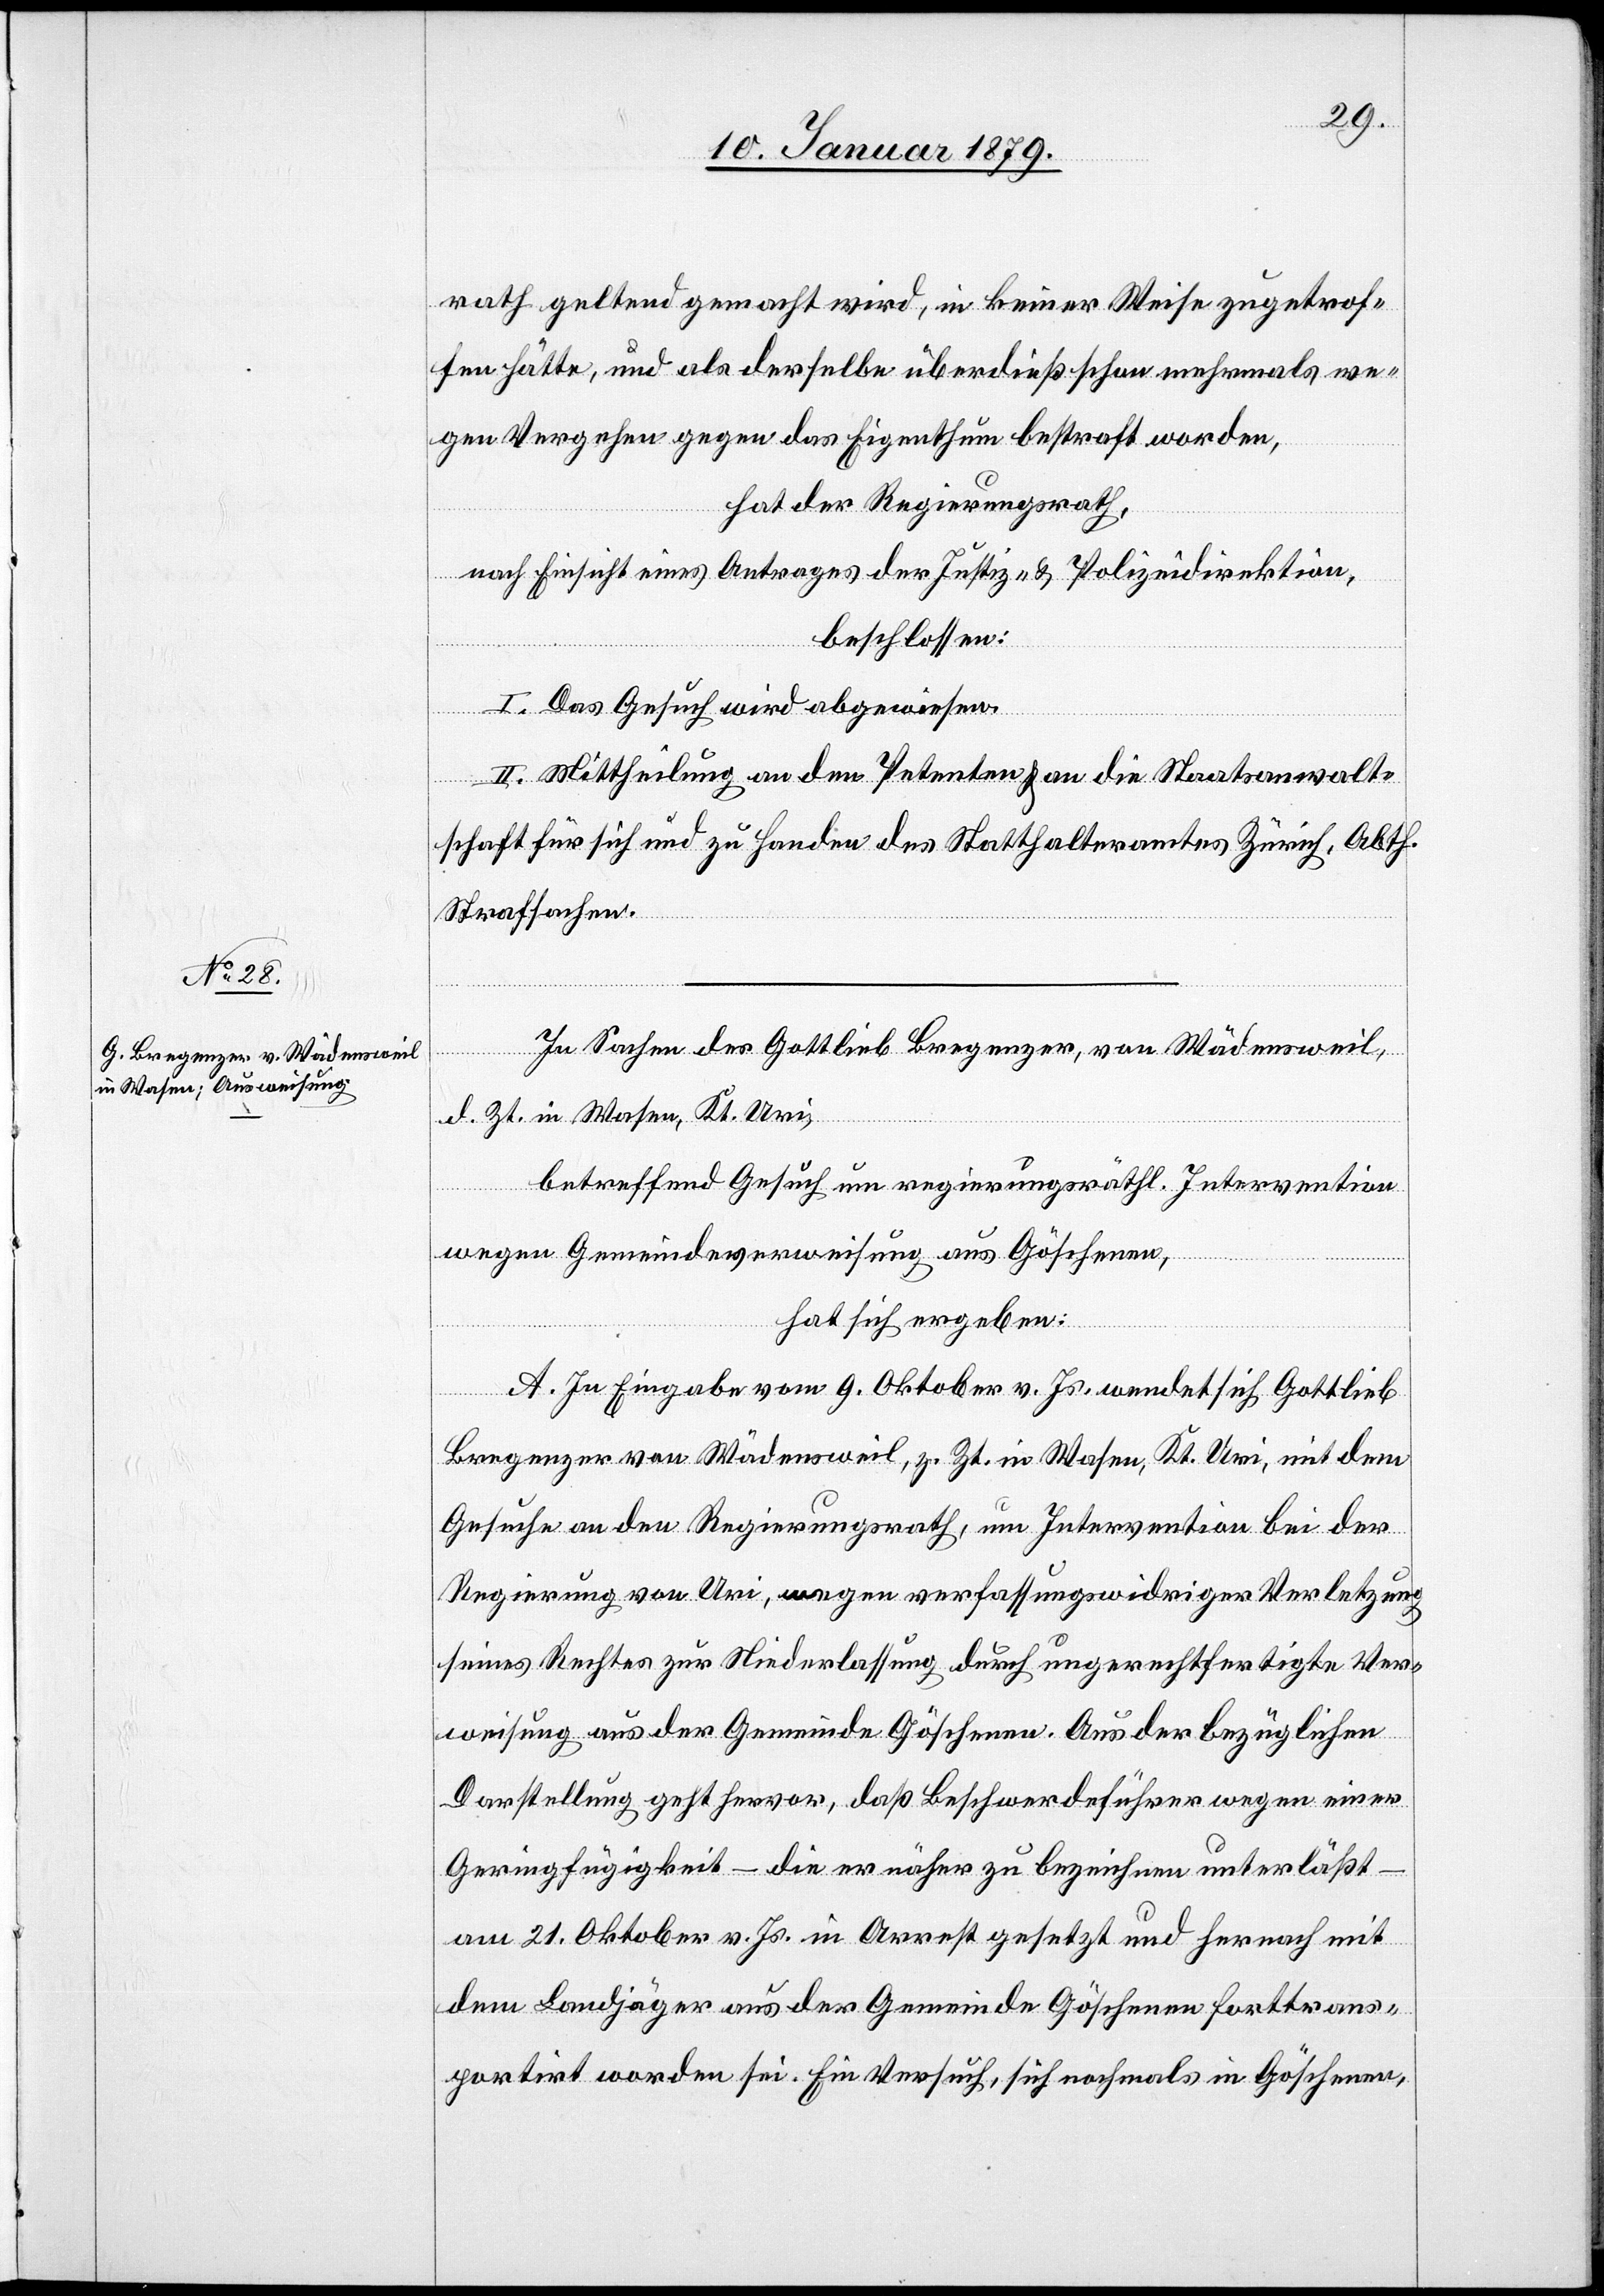
rath geltend gemacht wird, in keiner Weise zugetrof¬
fen hätte, und als derselbe überdieß schon mehrmals we¬
gen Vergehen gegen das Eigenthum bestraft worden,
hat der Regierungsrath,
nach Einsicht eines Antrages der Justiz- & Polizeidirektion,
beschlossen:
I. Das Gesuch wird abgewiesen.
II. Mittheilung an den Petenten & an die Staatsanwalt¬
schaft für sich und zu Handen des Statthalteramtes Zürich, Abth.
Strafsachen.
In Sachen des Gottlieb Bregenzer, von Wädensweil,
d. Zt. in Wasen, Kt. Uri,
betreffend Gesuch um regierungsräthl. Intervention
wegen Gemeindeverweisung aus Göschenen,
hat sich ergeben:
A. In Eingabe vom 9. Oktober v. Js. wendet sich Gottlieb
Bregenzer von Wädensweil, z. Zt. in Wasen, Kt. Uri, mit dem
Gesuche an den Regierungsrath, um Intervention bei der
Regierung von Uri, wegen verfassungswidriger Verletzung
seines Rechtes zur Niederlassung durch ungerechtfertigte Ver¬
weisung aus der Gemeinde Göschenen. Aus der bezüglichen
Darstellung geht hervor, daß Beschwerdeführer wegen einer
Geringfügigkeit – die er näher zu bezeichnen unterläßt
am 21. Oktober v. Js. in Arrest gesetzt und hernach mit
dem Landjäger aus der Gemeinde Göschenen forttrans¬
portirt worden sei. Ein Versuch, sich nochmals in Göschenen,